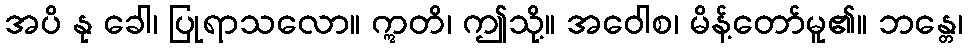
အပိ နု ခေါ၊ ပြုရာသလော။ ဣတိ၊ ဤသို့။ အဝေါစ၊ မိန့်တော်မူ၏။ ဘန္တေ၊